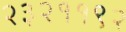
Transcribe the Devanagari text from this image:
२३२११९२